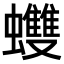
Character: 𧕟